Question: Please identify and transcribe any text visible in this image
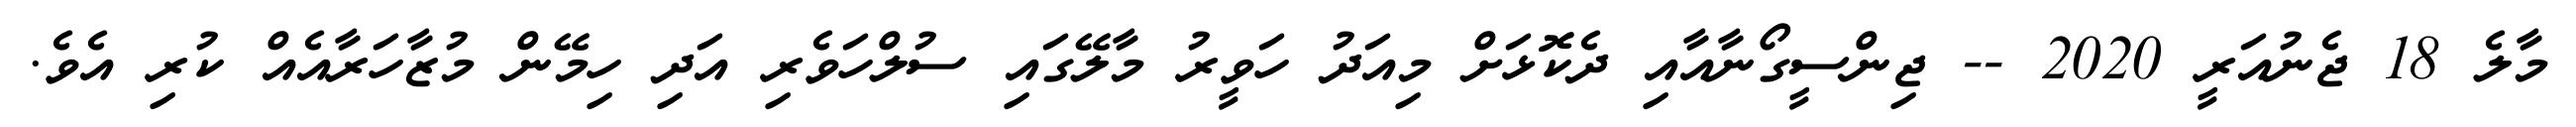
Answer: މާލެ 18 ޖެނުއަރީ 2020 -- ޖިންސީގޯނާއާއި ދެކޮޅަށް މިއަދު ހަވީރު މާލޭގައި ސުލްހަވެރި އަދި ހިމޭން މުޒާހަރާއެއް ކުރި އެވެ.